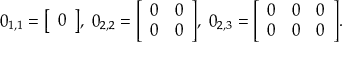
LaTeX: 0 _ { 1 , 1 } = { \left[ \begin{array} { l } { 0 } \end{array} \right] } , \ 0 _ { 2 , 2 } = { \left[ \begin{array} { l l } { 0 } & { 0 } \\ { 0 } & { 0 } \end{array} \right] } , \ 0 _ { 2 , 3 } = { \left[ \begin{array} { l l l } { 0 } & { 0 } & { 0 } \\ { 0 } & { 0 } & { 0 } \end{array} \right] } .